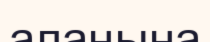
алаңына